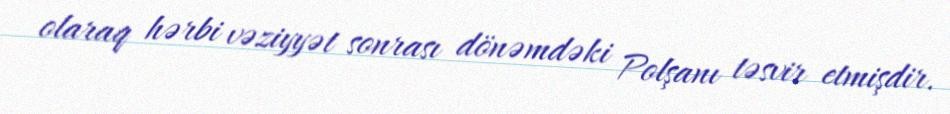
olaraq hərbi vəziyyət sonrası dönəmdəki Polşanı təsvir etmişdir.